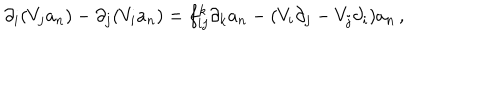
LaTeX: \partial _ { i } ( V _ { j } a _ { n } ) - \partial _ { j } ( V _ { i } a _ { n } ) = f _ { i j } ^ { k } \partial _ { k } a _ { n } - ( V _ { i } \partial _ { j } - V _ { j } \partial _ { i } ) a _ { n } \, ,